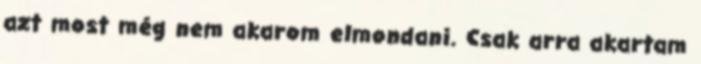
azt most még nem akarom elmondani. Csak arra akartam